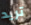
تريد